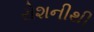
રોશનીથી